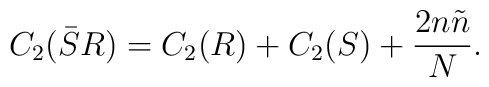
C_2 (\bar{S}R) = C_2 (R) + C_2 (S)+ \frac{2n\tilde n}{N} .